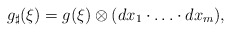
\begin{align*}g_{\sharp}(\xi) = g(\xi)\otimes(dx_1\cdot\ldots\cdot dx_m),\end{align*}